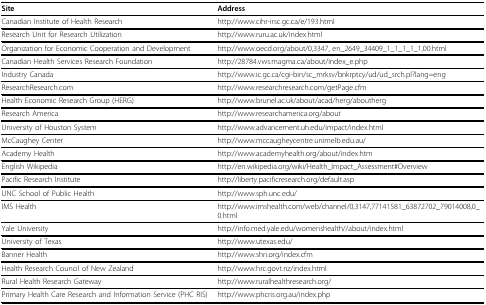
| Site | Address |
 | --- | --- |
 | Canadian Institute of Health Research | http://www.cihr-irsc.gc.ca/e/193.html |
 | Research Unit for Research Utilization | http://www.ruru.ac.uk/index.html |
 | Organization for Economic Cooperation and Development | http://www.oecd.org/about/0,3347, en_2649_34409_1_1_1_1_1,00.html |
 | Canadian Health Services Research Foundation | http://28784.vws.magma.ca/about/index_e.php |
 | Industry Canada | http://www.ic.gc.ca/cgi-bin/sc_mrksv/bnkrptcy/ud/ud_srch.pl?lang=eng |
 | ResearchResearch.com | http://www.researchresearch.com/getPage.cfm |
 | Health Economic Research Group (HERG) | http://www.brunel.ac.uk/about/acad/herg/aboutherg |
 | Research America | http://www.researchamerica.org/about |
 | University of Houston System | http://www.advancement.uh.edu/impact/index.html |
 | McCaughey Center | http://www.mccaugheycentre.unimelb.edu.au/ |
 | Academy Health | http://www.academyhealth.org/about/index.htm |
 | English Wikipedia | http://en.wikipedia.org/wiki/Health_Impact_Assessment#Overview |
 | Pacific Research Institute | http://liberty.pacificresearch.org/default.asp |
 | UNC School of Public Health | http://www.sph.unc.edu/ |
 | IMS Health | http://www.imshealth.com/web/channel/0,3147,77141581_63872702_79014008,0_0.html |
 | Yale University | http://info.med.yale.edu/womenshealth//about/index.html |
 | University of Texas | http://www.utexas.edu/ |
 | Banner Health | http://www.shri.org/index.cfm |
 | Health Research Council of New Zealand | http://www.hrc.govt.nz/index.html |
 | Rural Health Research Gateway | http://www.ruralhealthresearch.org/ |
 | Primary Health Care Research and Information Service (PHC RIS) | http://www.phcris.org.au/index.php |